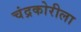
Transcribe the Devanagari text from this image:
चंद्रकोरीला